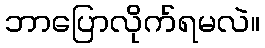
ဘာပြောလိုက်ရမလဲ။